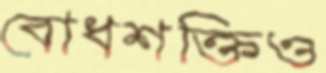
বোধশক্তিও